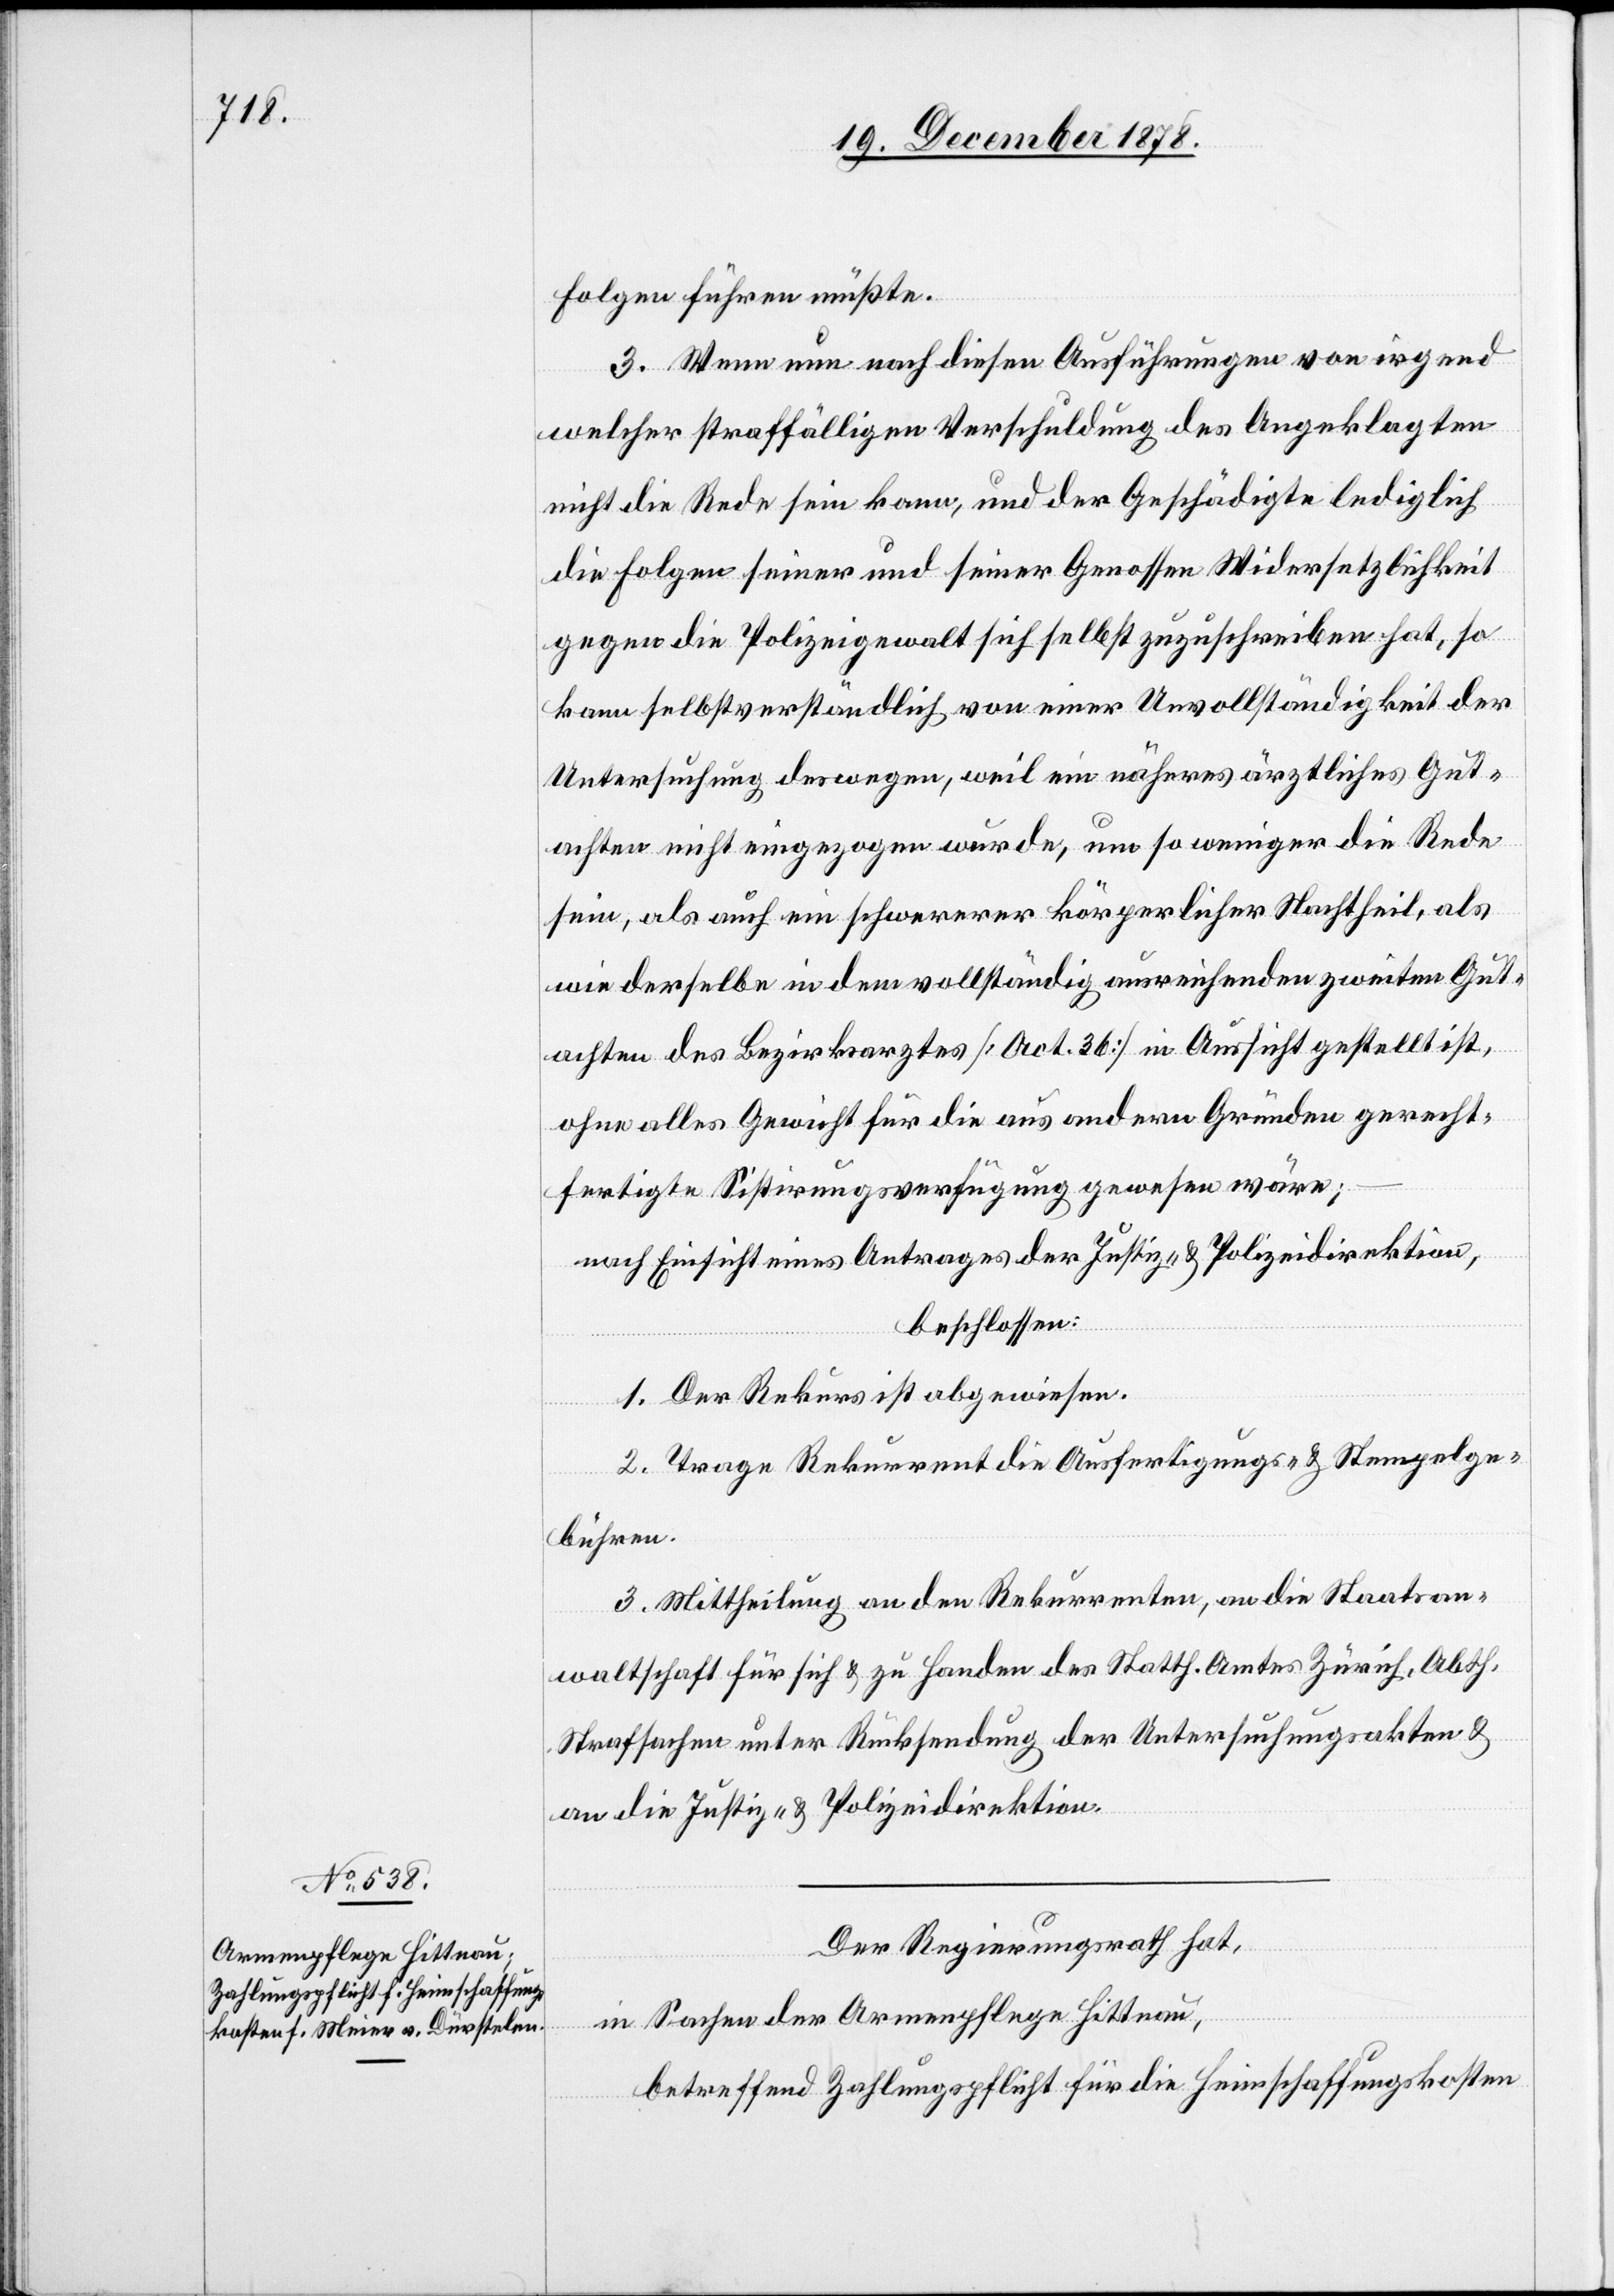
Der Regierungsrath hat,
in Sachen der Armenpflege Hittnau,
betreffend Zahlungspflicht für die Heimschaffungskosten